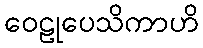
ဝေဠုပေသိကာဟိ